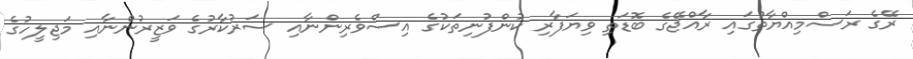
ރޭގެ ރަސްމިއްޔާތުގައި ރާއްޖޭގެ ބޮޑަތި ވިޔަފާރި ކުންފުނިތަކުގެ އިސްވެރިންނާއި ސަރުކާރުގެ ވަޒީރުންނާއި މަޖިލީހުގެ